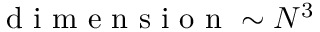
\mathrm { ~ d ~ i ~ m ~ e ~ n ~ s ~ i ~ o ~ n ~ } \sim N ^ { 3 }